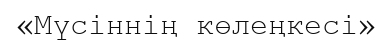
«Мүсіннің көлеңкесі»